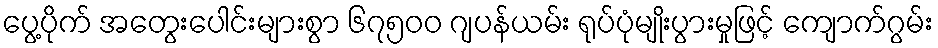
ပွေ့ပိုက် အတွေးပေါင်းများစွာ ၆၇၅၀၀ ဂျပန်ယမ်း ရုပ်ပုံမျိုးပွားမှုဖြင့် ကျောက်ဂွမ်း